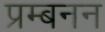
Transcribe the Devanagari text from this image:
प्रम्बनन